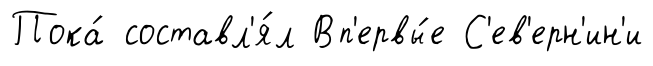
Пока́ составл'я́л Вп'ервы́е С'ев'ерн'ин'и